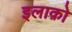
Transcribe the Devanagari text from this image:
इलाक़ो